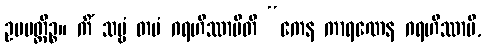
ဥပပတ္တိဉ္စ။ ကိံ သဗ္ဗံ တပံ ဂရဟိဿာမီတိ “ကေန ကာရဏေန ဂရဟိဿာမိ,